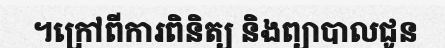
។ក្រៅពីការពិនិត្យ និងព្យាបាលជូន